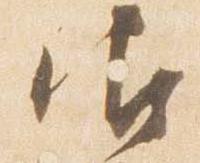
御